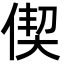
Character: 偰